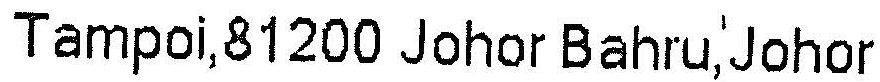
TAMPOI,81200 JOHOR BAHRU,JOHOR